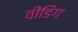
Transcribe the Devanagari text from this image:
वीडिंग